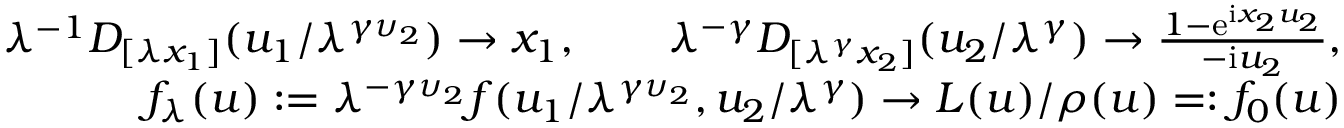
\begin{array} { r l r } & { } & { \lambda ^ { - 1 } D _ { [ \lambda x _ { 1 } ] } ( u _ { 1 } / \lambda ^ { \gamma \upsilon _ { 2 } } ) \to x _ { 1 } , \qquad \lambda ^ { - \gamma } D _ { [ \lambda ^ { \gamma } x _ { 2 } ] } ( u _ { 2 } / \lambda ^ { \gamma } ) \to \frac { 1 - \mathrm e ^ { \mathrm i x _ { 2 } u _ { 2 } } } { - \mathrm i u _ { 2 } } , } \\ & { } & { f _ { \lambda } ( \boldsymbol { u } ) : = \lambda ^ { - \gamma \upsilon _ { 2 } } f ( u _ { 1 } / \lambda ^ { \gamma \upsilon _ { 2 } } , u _ { 2 } / \lambda ^ { \gamma } ) \to L ( \boldsymbol { u } ) / \rho ( \boldsymbol { u } ) = : f _ { 0 } ( \boldsymbol { u } ) } \end{array}